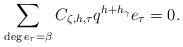
LaTeX: \begin{align*}& \sum_{\substack{\deg e_\tau = \beta }} C_{\zeta, h, \tau} q^{h+h_\gamma}e_\tau = 0.\end{align*}